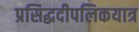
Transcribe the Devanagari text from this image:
प्रसिद्धदीपलिकयात्र